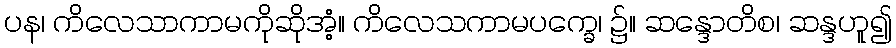
ပန၊ ကိလေသာကာမကိုဆိုအံ့။ ကိလေသကာမပက္ခေ၊ ၌။ ဆန္ဒောတိစ၊ ဆန္ဒဟူ၍